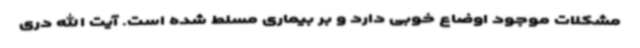
مشکلات موجود اوضاع خوبی دارد و بر بیماری مسلط شده است. آیت الله دری